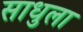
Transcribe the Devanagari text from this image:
साधुला